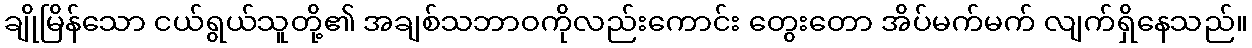
ချိုမြိန်သော ငယ်ရွယ်သူတို့၏ အချစ်သဘာဝကိုလည်းကောင်း တွေးတော အိပ်မက်မက် လျက်ရှိနေသည်။